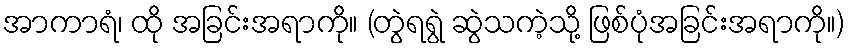
အာကာရံ၊ ထို အခြင်းအရာကို။ (တွဲရရွဲ ဆွဲသကဲ့သို့ ဖြစ်ပုံအခြင်းအရာကို။)